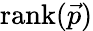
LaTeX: \mathrm{rank}(\vec{p})